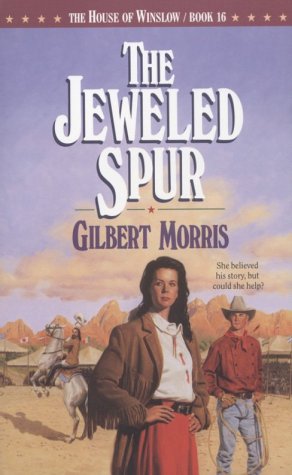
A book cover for The Jeweled Spur (The House of Winslow #16); Gilbert Morris; Religion & Spirituality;